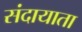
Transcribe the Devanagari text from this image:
संदायाता